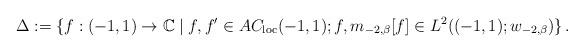
LaTeX: \begin{align*}\Delta:=\{f:(-1,1)\rightarrow\mathbb{C}\mid f,f^{\prime}\in AC_{\mathrm{loc}}(-1,1);f,m_{-2,\beta}[f]\in L^{2}((-1,1);w_{-2,\beta})\}\,.\end{align*}